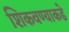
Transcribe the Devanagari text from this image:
शिकवण्याकडे